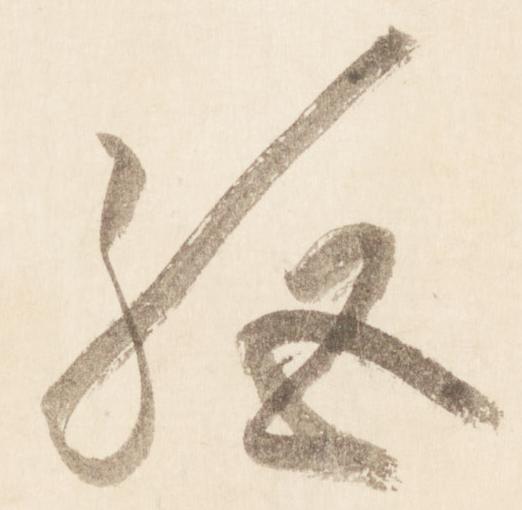
絶